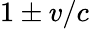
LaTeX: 1\pm v/c